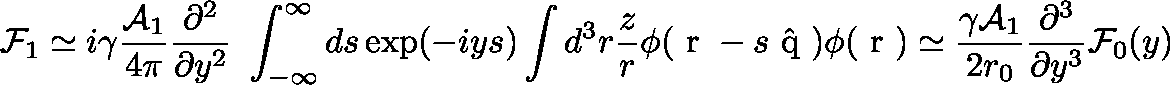
{ \cal F } _ { 1 } \simeq i \gamma \frac { { \cal A } _ { 1 } } { 4 \pi } \frac { \partial ^ { 2 } } { \partial y ^ { 2 } } \ \int _ { - \infty } ^ { \infty } d s \exp ( - i y s ) \int d ^ { 3 } r \frac { z } { r } \phi ( { \mathrm { \boldmath ~ r ~ } } - s \hat { \mathrm { \boldmath ~ q ~ } } ) \phi ( { \mathrm { \boldmath ~ r ~ } } ) \simeq \frac { \gamma { \cal A } _ { 1 } } { 2 r _ { 0 } } \frac { \partial ^ { 3 } } { \partial y ^ { 3 } } { \cal F } _ { 0 } ( y )